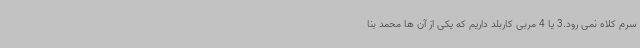
سرم کلاه نمی رود.3 یا 4 مربی کاربلد داریم که یکی از آن ها محمد بنا